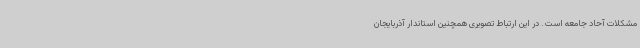
مشکلات آحاد جامعه است . در این ارتباط تصویری همچنین استاندار آذربایجان